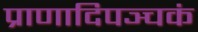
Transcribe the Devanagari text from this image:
प्राणादिपञ्चकं